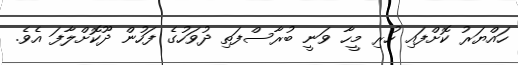
ހައްޔަރު ކޮށްފައި ހުރި މީހާ ވަނީ ބުރާސްފަތި ދުވަހުގެ ފަހުން ދޫކޮށްލާފަ އެވެ.